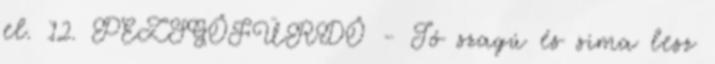
el. 12. PEZSGŐFÜRDŐ - Jó szagú és sima lesz